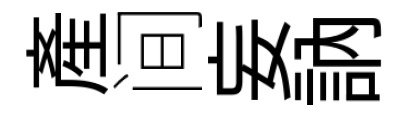
産间妄訥